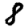
Digit: 8